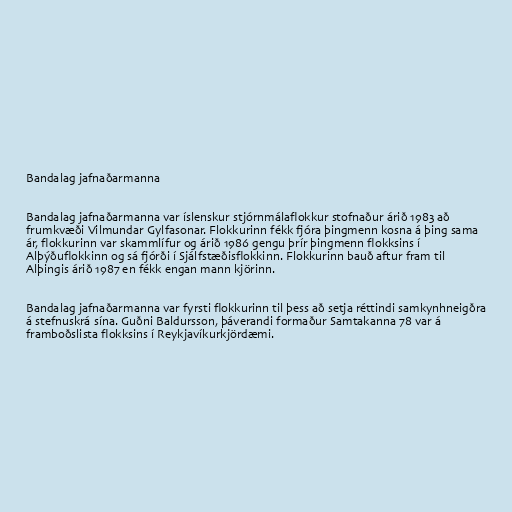
Bandalag jafnaðarmanna

Bandalag jafnaðarmanna var íslenskur stjórnmálaflokkur stofnaður árið 1983 að
frumkvæði Vilmundar Gylfasonar. Flokkurinn fékk fjóra þingmenn kosna á þing sama
ár, flokkurinn var skammlífur og árið 1986 gengu þrír þingmenn flokksins í
Alþýðuflokkinn og sá fjórði í Sjálfstæðisflokkinn. Flokkurinn bauð aftur fram til
Alþingis árið 1987 en fékk engan mann kjörinn.

Bandalag jafnaðarmanna var fyrsti flokkurinn til þess að setja réttindi samkynhneigðra
á stefnuskrá sína. Guðni Baldursson, þáverandi formaður Samtakanna 78 var á
framboðslista flokksins í Reykjavíkurkjördæmi.